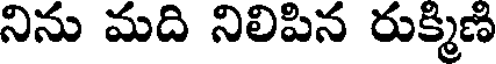
నిను మది నిలిపిన రుక్మిణి